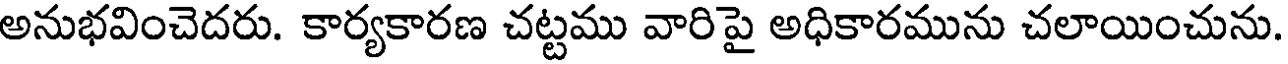
అనుభవించెదరు. కార్యకారణ చట్టము వారిపై అధికారమును చలాయించును.